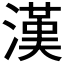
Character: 漢